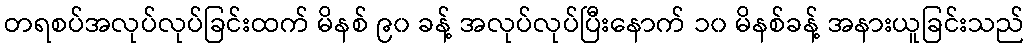
တရစပ်အလုပ်လုပ်ခြင်းထက် မိနစ် ၉၀ ခန့် အလုပ်လုပ်ပြီးနောက် ၁၀ မိနစ်ခန့် အနားယူခြင်းသည်